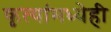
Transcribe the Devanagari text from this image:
कृत्यांमध्येही